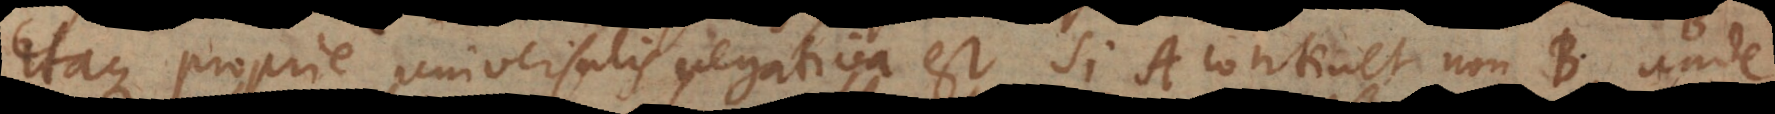
Itaque proprie universalis negativa est si A continet non‐B, unde